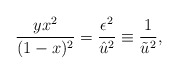
\begin{align*}\frac {yx^2}{(1-x)^2} = \frac {\epsilon ^2}{\hat{u}^2} \equiv\frac {1}{\tilde{u}^2},\end{align*}